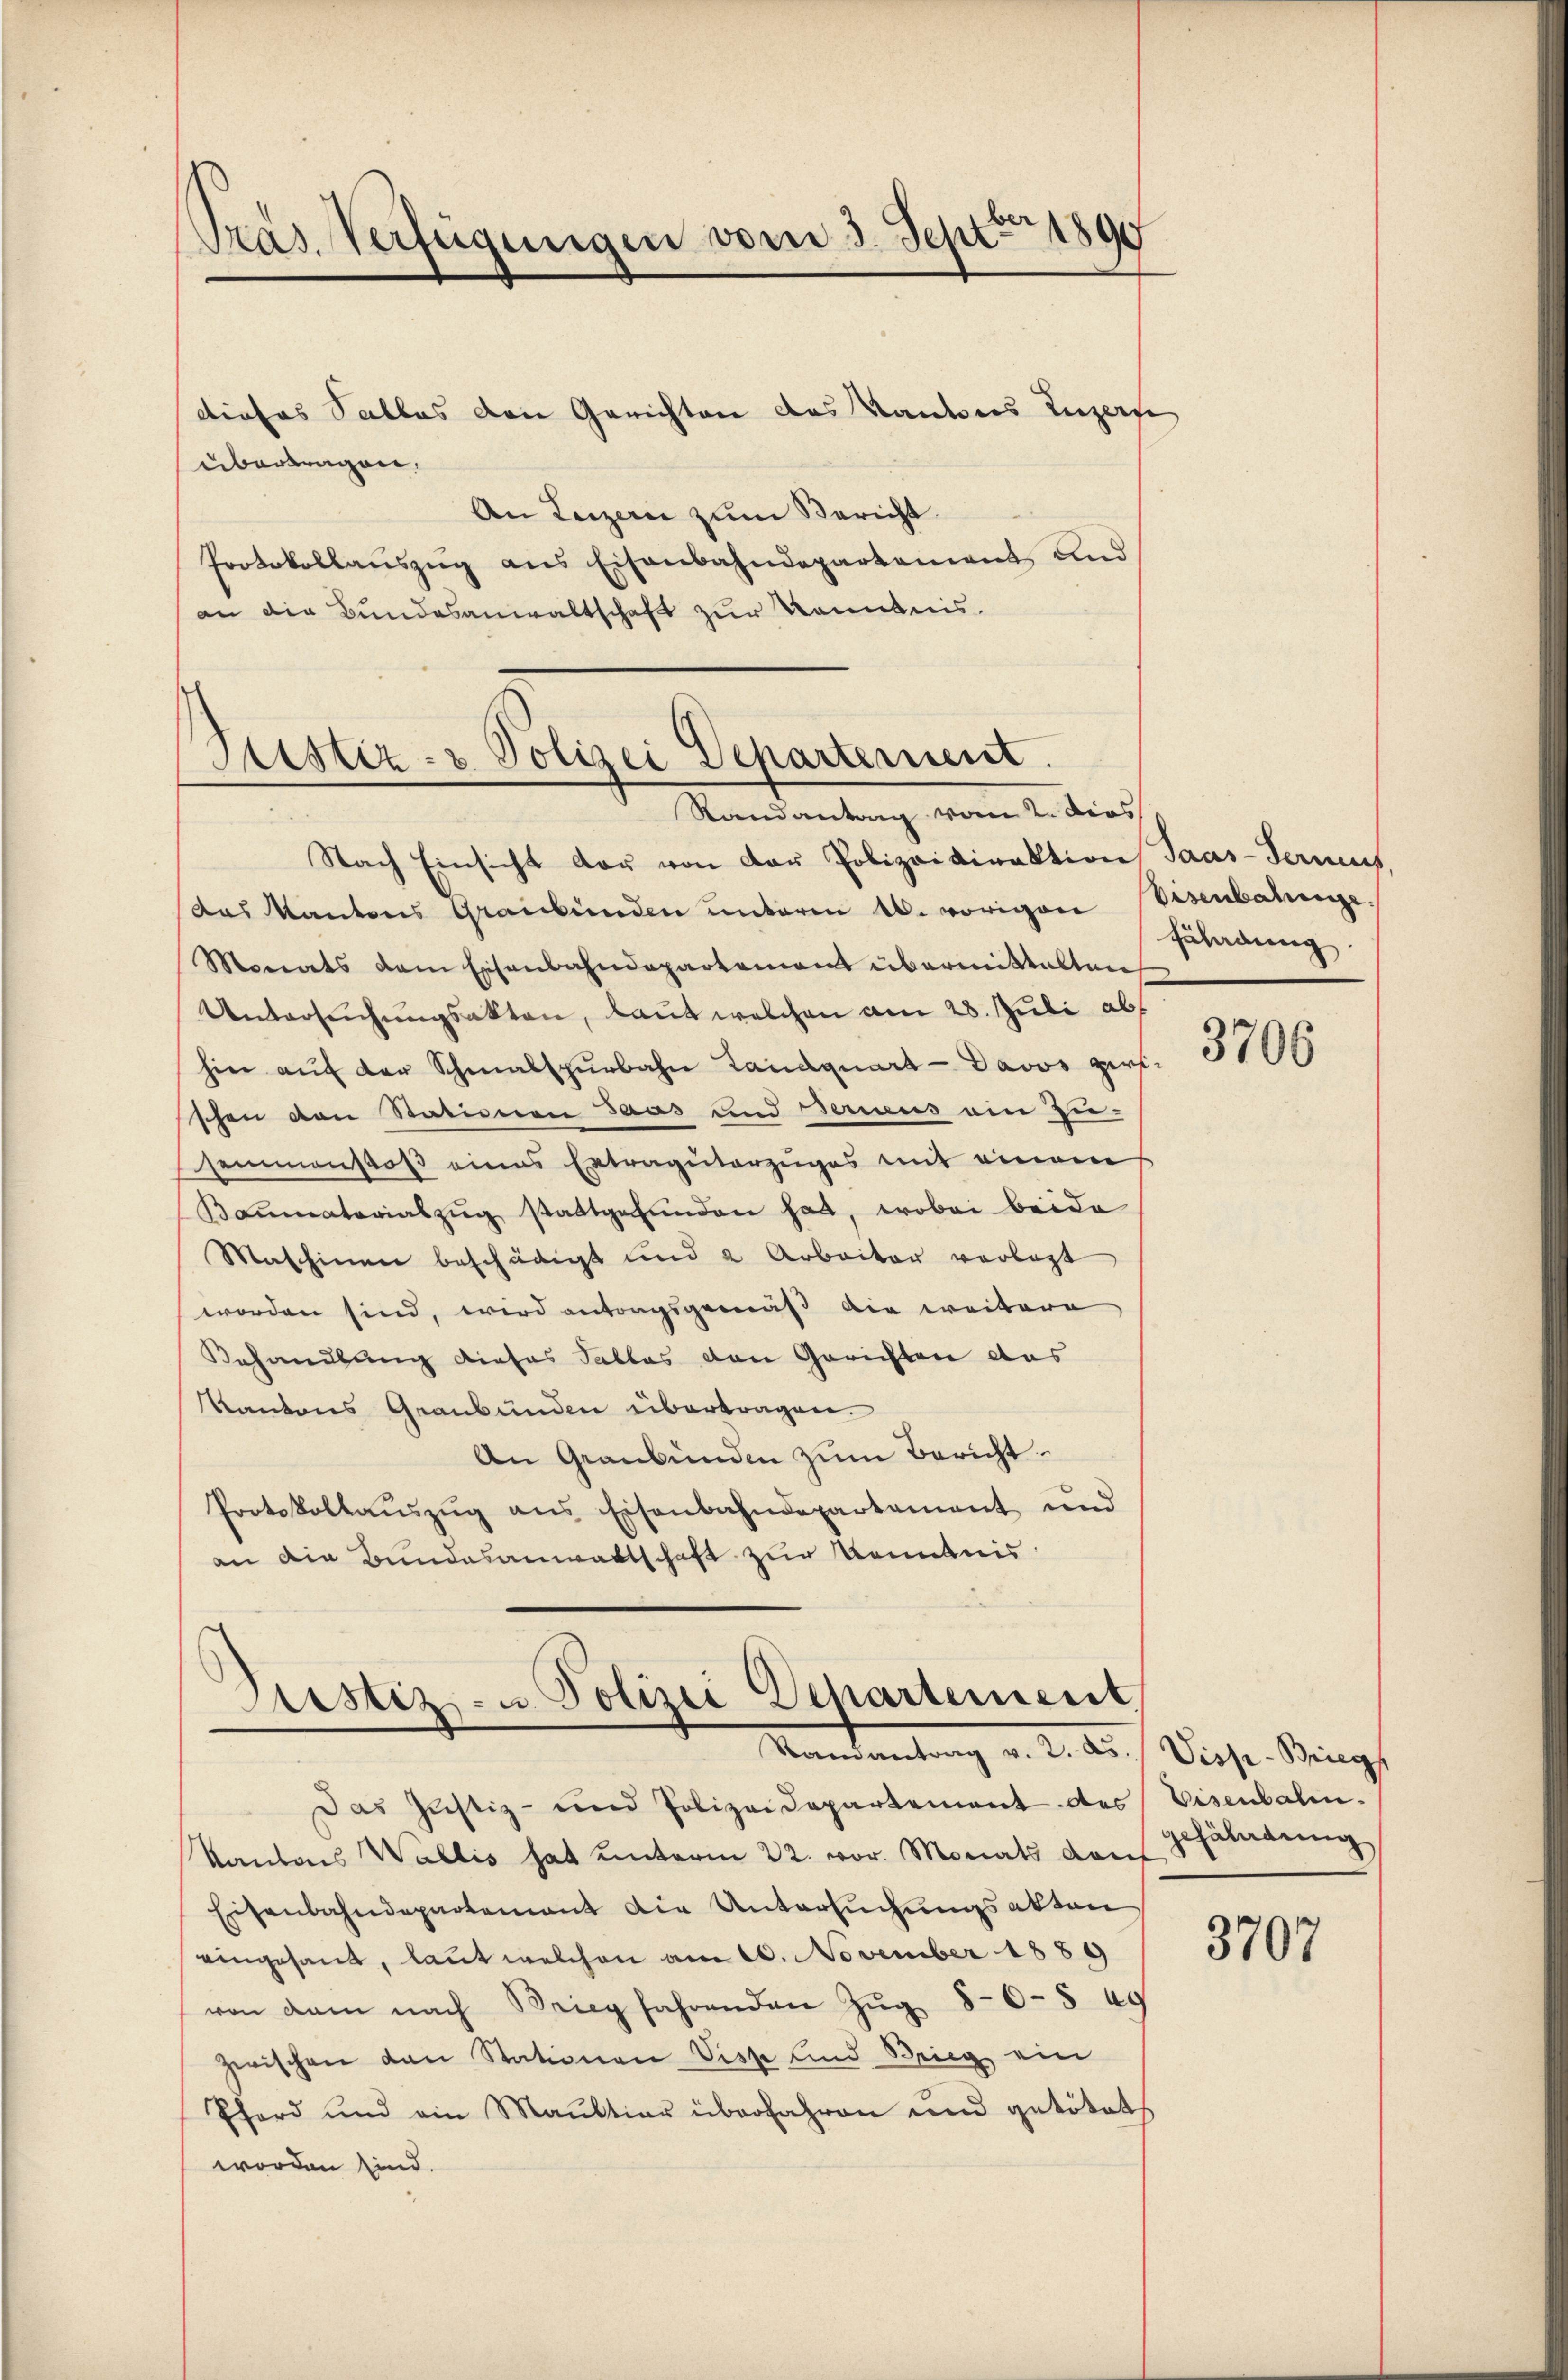
Pras Verfügungen vom 3. Sept. 1890

dieses Salles den Gerichten des Kantons Luzern
übertragen.
An Luzern zum Bericht
Protokollaŭszŭg ans Eisenbahndepartement und
an die Bundesanwaltschaft zur Kenntnis.

Nach Einsicht der von der Polizeidirektion Saas-Termit
das Kantons Graubünden unterm 16. vorigen
Monats dem Eisenbahndepartement übermittalten
Untersuchungsakten, laut welchen am 28. Juli ab
hier aŭf der Schmalspurbahn Landquart - Davos zei
schen von Stationen Saas und Bericus ein Zu-
seimansos eines Ertraguterzuges mit einem
Kaṁmatorialzŭg stattgefunden hat, wobei beide
Maschinen beschädigt und 2 Arbeiter verlegt
worden sind, wird antragsgemäß die weitere
Behandlung dieses Sallas den Gerichten das
Kantons Graubünden übertragen.
An Graubünden zum Bericht.
Protokollaŭszŭg ans Eisenbahndepartement und
an die Bundesanwaltschaft zur Kenntnis:

Sistiz- & Polizei Departement.
Randantrag vom 2. Dies

Justiz- u. Polizei Departement,
Ramantrag v. 2. As.

Das Justiz- und Polizeidepartement des
Kantons Wallis hat unterm 22. vor. Monats darf
Eisenbahndepartement die Untersuchungsakten
eingesant, laut welchen am 10. November 1889
von dem nach Brieg fahrenden Zŭg 80- § 49
zwischen von Stationen Visp und Brieg ein
Pferd und ein Maultier überfahren und getötets
worden sind.

isenbarunge
Eüladung.

3706

Viss- Brieg
Eisenbalen.
gefährdung

3707